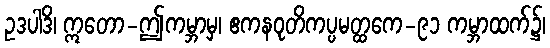
ဥဒပါဒိ၊ ဣတော-ဤကမ္ဘာမှ၊ ဧကနဝုတိကပ္ပမတ္ထကေ-၉၁ ကမ္ဘာထက်၌၊